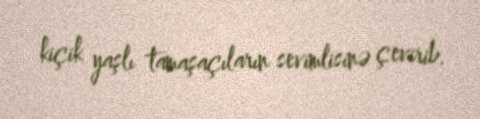
kiçik yaşlı tamaşaçıların sevimlisinə çevirib.